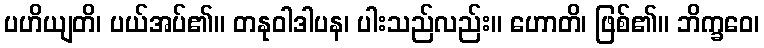
ပဟိယျတိ၊ ပယ်အပ်၏။ တနုဝါဒါပန၊ ပါးသည်လည်း။ ဟောတိ၊ ဖြစ်၏။ ဘိက္ခဝေ၊